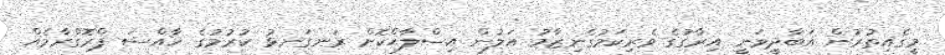
މީގެއިތުރުން އަބާދީވަނީ އިރާގުގެ ވެރިކަމުގެނިޒާމު އަލުން އިސްލާޙްކޮށް ރަނގަނޅު ކުރުމުގެ ޚާއްސަ ޕްރޮގްރާމެއް